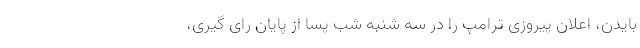
بایدن، اعلان پیروزی ترامپ را در سه شنبه شب پسا از پایان رای گیری،